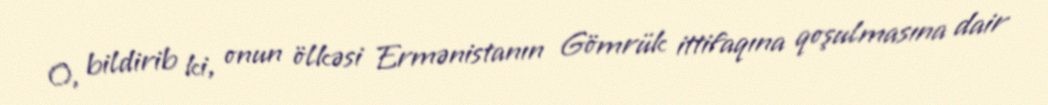
O, bildirib ki, onun ölkəsi Ermənistanın Gömrük ittifaqına qoşulmasına dair